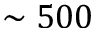
\sim 5 0 0